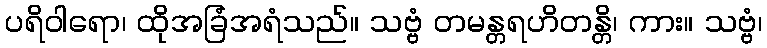
ပရိဝါရော၊ ထိုအခြံအရံသည်။ သဗ္ဗံ တမန္တရဟိတန္တိ၊ ကား။ သဗ္ဗံ၊